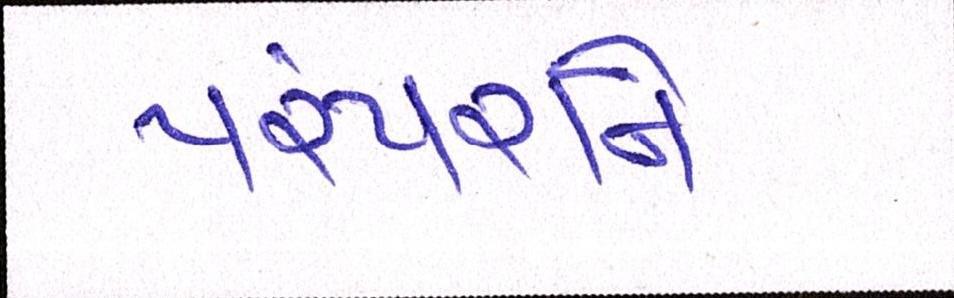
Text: પરંપરાને